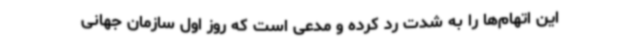
این اتهام‌ها را به شدت رد کرده و مدعی است که روز اول سازمان جهانی